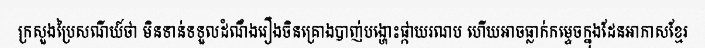
ក្រសួងប្រៃសណីយ៍ថា មិនទាន់ទទួលដំណឹងរឿងចិនគ្រោងបាញ់បង្ហោះផ្កាយរណប ហើយអាចធ្លាក់កម្ទេចក្នុងដែនអាកាសខ្មែរ